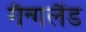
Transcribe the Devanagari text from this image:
गैन्गलैंड